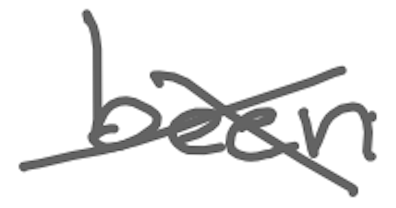
Text: been
Cross-out: mix
Writing tool: digital_gray